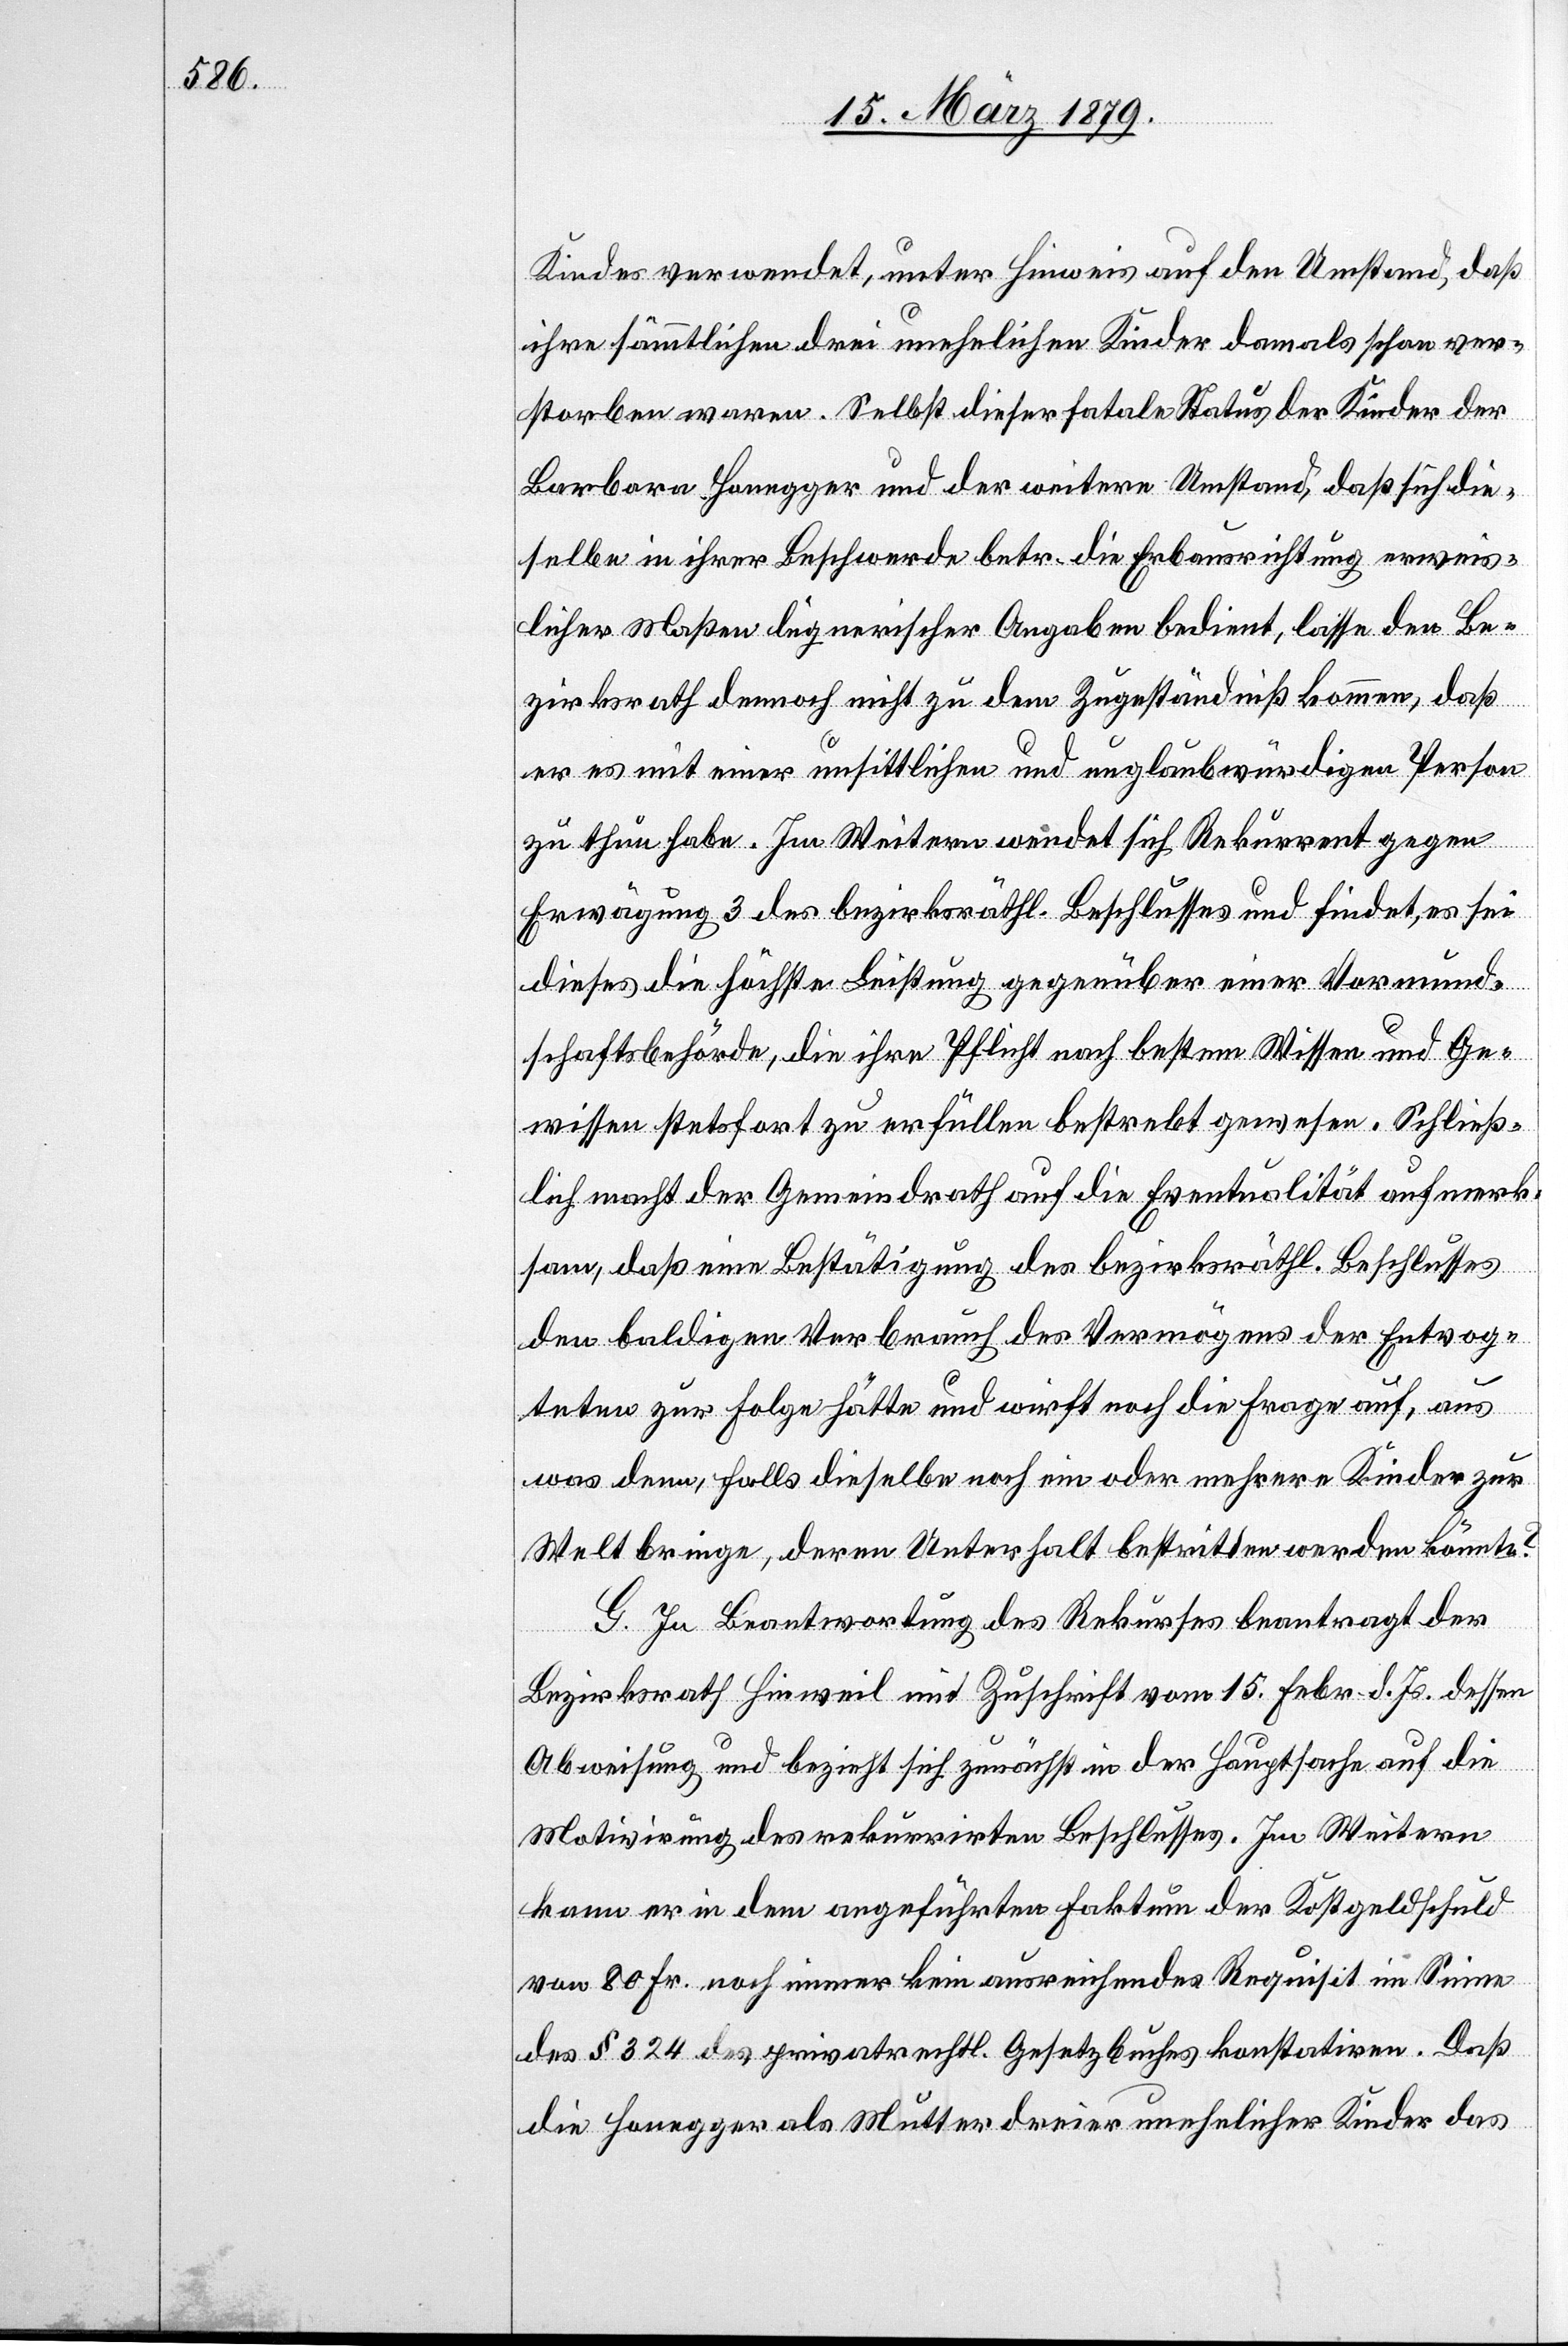
Kindes verwendet, unter Hinweis auf den Umstand, daß
ihre sämmtlichen drei unehelichen Kinder damals schon ver¬
storben waren. Selbst dieser fatale Status der Kinder der
Barbara Honegger und der weitere Umstand, daß sich die¬
selbe in ihrer Beschwerde betr. die Erbausrichtung erweis¬
licher Maßen lügnerischer Angaben bedient, lasse den Be¬
zirksrath dennoch nicht zu dem Zugeständniß kommen, daß
er es mit einer unsittlichen und unglaubwürdigen Person
zu thun habe. Im Weitern wendet sich Rekurrent gegen
Erwägung 3 des bezirksräthl. Beschlusses und findet, es sei
dieses die höchste Leistung gegenüber einer Vormund¬
schaftsbehörde, die ihre Pflicht nach bestem Wissen und Ge¬
wissen stetsfort zu erfüllen bestrebt gewesen. Schließ¬
lich macht der Gemeindrath auf die Eventualität aufmerk¬
sam, daß eine Bestätigung des bezirksräthl. Beschlusses
den baldigen Verbrauch des Vermögens der Entvog¬
teten zur Folge hätte und wirft noch die Frage auf, aus
was denn, falls dieselbe noch ein oder mehrere Kinder zur
Welt bringe, deren Unterhalt bestritten werden könnte?
G. In Beantwortung des Rekurses beantragt der
Bezirksrath Hinweil mit Zuschrift vom 15. Febr. d. Js. dessen
Abweisung und bezieht sich zunächst in der Hauptsache auf die
Motivirung des rekurrirten Beschlusses. Im Weitern
kann er in dem angeführten Faktum der Kostgeldschuld
von 80 Fr. noch immer kein ausreichendes Requisit im Sinne
des § 324 des privatrechtl. Gesetzbuches konstatiren. Daß
die Honegger als Mutter dreier unehelicher Kinder das